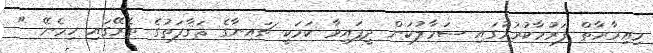
މިޢިމާރާތް ފަރުމާކުރުމުގައި ސަމާލުކަން ދީފައިވާ ކަމަކީ ޗައިނާގެ ޘަޤާފަތުގެ ތެރޭގައި ހިމެނޭ "